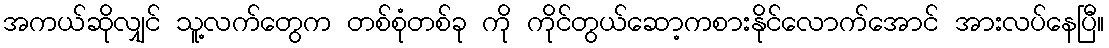
အကယ်ဆိုလျှင် သူ့လက်တွေက တစ်စုံတစ်ခု ကို ကိုင်တွယ်ဆော့ကစားနိုင်လောက်အောင် အားလပ်နေပြီ။